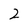
Character: 2